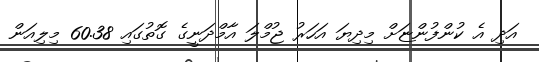
އަދި އެ ކުންފުންޏަށް މިދިޔަ އަހަރު ޖުމްލަ އާމްދަނީގެ ގޮތުގައި 60.38 މިލިއަން